Vaccination in Burma 1920-1933 - 1920-1933
Year: 1920
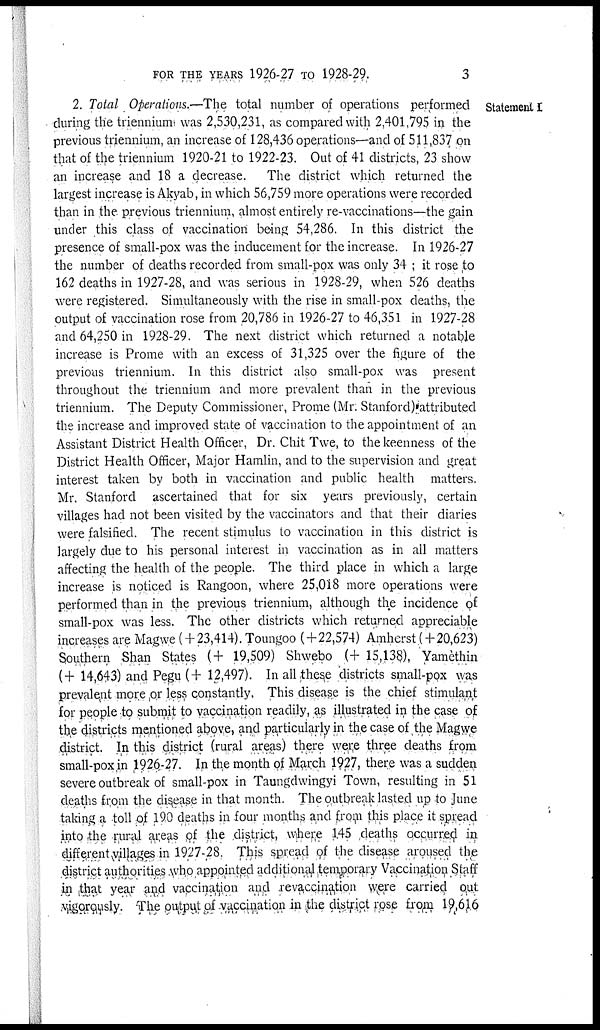
FOR THE YEARS 1926-27 TO 1928-29.
3
Statement I
2. Total Operations.—The total number of operations performed
during the triennium was 2,530,231, as compared with 2,401,795 in the
previous triennium, an increase of 128,436 operations—and of 511,837 on
that of the triennium 1920-21 to 1922-23. Out of 41 districts, 23 show
an increase and 18 a decrease.
The district which returned the
largest increase is Akyab, in which 56,759 more operations were recorded
than in the previous triennium, almost entirely re-vaccinations—the gain
under this class of vaccination being 54,286. In this district the
presence of small-pox was the inducement for the increase. In 1926-27
the number of deaths recorded from small-pox was only 34; it rose to
162 deaths in 1927-28, and was serious in 1928-29, when 526 deaths
were registered. Simultaneously with the rise in small-pox deaths, the
output of vaccination rose from 20,786 in 1926-27 to 46,351 in 1927-28
and 64,250 in 1928-29. The next district which returned a notable
increase is Prome with an excess of 31,325 over the figure of the
previous triennium. In this district also small-pox was present
throughout the triennium and more prevalent than in the previous
triennium. The Deputy Commissioner, Prome (Mr. Stanford) attributed
the increase and improved state of vaccination to the appointment of an
Assistant District Health Officer, Dr. Chit Twe, to the keenness of the
District Health Officer, Major Hamlin, and to the supervision and great
interest taken by both in vaccination and public health matters.
Mr. Stanford ascertained that for six years previously, certain
villages had not been visited by the vaccinators and that their diaries
were falsified. The recent stimulus to vaccination in this district is
largely due to his personal interest in vaccination as in all matters
affecting the health of the people. The third place in which a large
increase is noticed is Rangoon, where 25,018 more operations were
performed than in the previous triennium, although the incidence of
small-pox was less. The other districts which returned appreciable
increases are Magwe (+ 23,414). Toungoo (+ 22,574) Amherst (+ 20,623)
Southern Shan States (+ 19,509) Shwebo (+ 15,138), Yamèthin
(+ 14,643) and Pegu ( + 12,497). In all these districts small-pox was
prevalent more ,or less constantly. This disease is the chief stimulant
for people to submit to vaccination readily, as illustrated in the case of
the districts mentioned above, and particularly in the case of the Magwe
district. In this district (rural areas) there were three deaths from
small-pox in 1926-27. In the month of March 1927, there was a sudden
severe outbreak of small-pox in Taungdwingyi Town, resulting in 51
deaths from the disease in that month. The outbreak lasted up to June
taking a toll of 190 deaths in four months and from this place it spread
into the rural areas of the district, where 145 deaths occurred in
different villages in 1927-28. This spread of the disease aroused the
district authorities who appointed additional temporary Vaccination Staff
in that year and vaccination and revaccination were carried out
vigorously. The output of vaccination in the district rose from 19,616